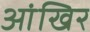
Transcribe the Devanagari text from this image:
आंखिर